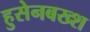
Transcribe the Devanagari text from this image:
हुसेनबख्श